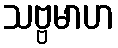
သဗ္ဗမာဟ